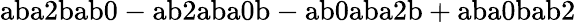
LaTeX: \mathrm{aba2bab0-ab2aba0b-ab0aba2b+aba0bab2}